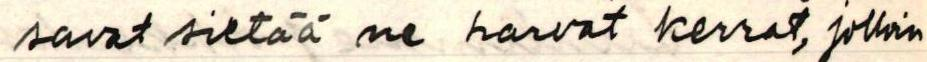
savat sietää ne harvat kerrat, jolloin